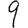
Digit: 9